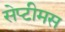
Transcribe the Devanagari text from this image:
सेप्टीमस